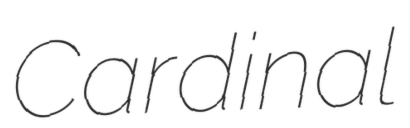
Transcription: Cardinal